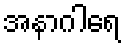
အနာဂါရေ